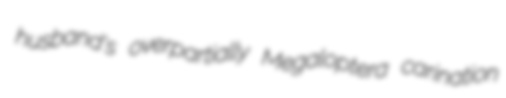
husband's overpartially Megaloptera carination